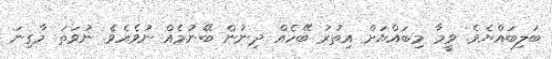
ބަލިބައްޔެވެ. ވީމާ މިބައްޔަށް އިތުރު ބޭހެއް ދިނުން ބޭނުމެއް ނުވެއެވެ. ނުވަތަ މާގިނަ